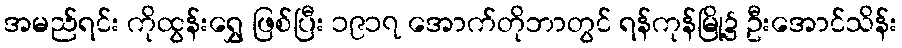
အမည်ရင်း ကိုထွန်းရွှေ ဖြစ်ပြီး ၁၉၁၇ အောက်တိုဘာတွင် ရန်ကုန်မြို့၌ ဦးအောင်သိန်း